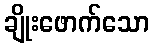
ချိုးဖောက်သော